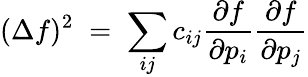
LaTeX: (\Delta f)^{2}\; =\; \sum_{ij}c_{ij}{\frac{\partial f}{\partial p_{i}}}{\frac{\partial f}{\partial p_{j}}}